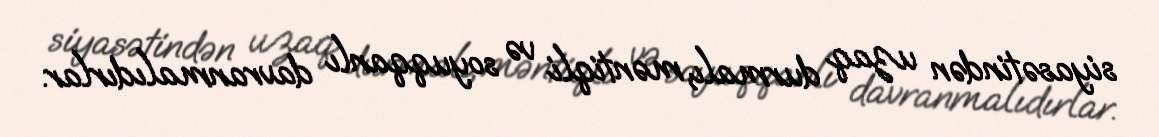
siyasətindən uzaq durmalı, məntiqli və soyuqqanlı davranmalıdırlar.